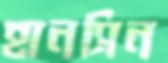
হানসিন